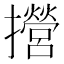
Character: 攚